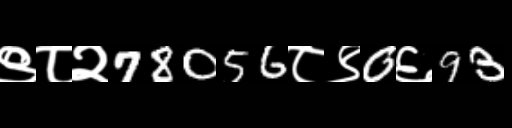
Text: ९८२78056८९0६93